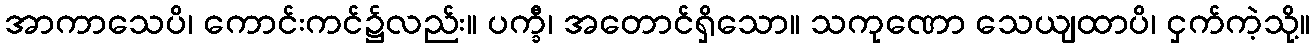
အာကာသေပိ၊ ကောင်းကင်၌လည်း။ ပက္ခီ၊ အတောင်ရှိသော။ သကုဏော သေယျထာပိ၊ ငှက်ကဲ့သို့။